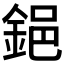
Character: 𨦺